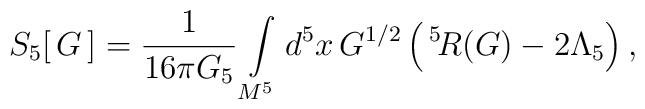
S_5[\,G\,]=\frac1{16\pi G_5}      \int\limits_{M^5} d^5x\,G^{1/2}      \left(\,\vphantom{I}^5\!R(G)-2\Lambda_5\right),